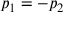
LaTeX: p _ { 1 } = - p _ { 2 }